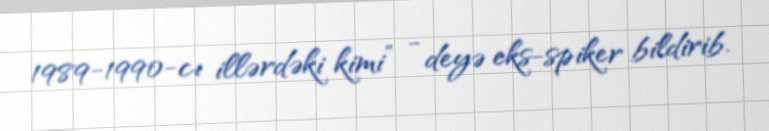
1989-1990-cı illərdəki kimi” - deyə eks-spiker bildirib.